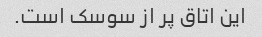
این اتاق پر از سوسک است.